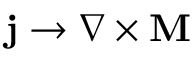
\mathbf { j } \rightarrow \nabla \times \mathbf { M }